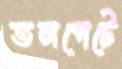
তলপেটে